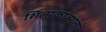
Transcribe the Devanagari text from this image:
शिल्पकाव्यात